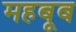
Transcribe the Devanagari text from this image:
महबूब